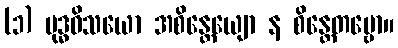
(၁) ဗုဒ္ဓဝိသယော အစိန္တေယျော န စိန္တေတဗ္ဗော။